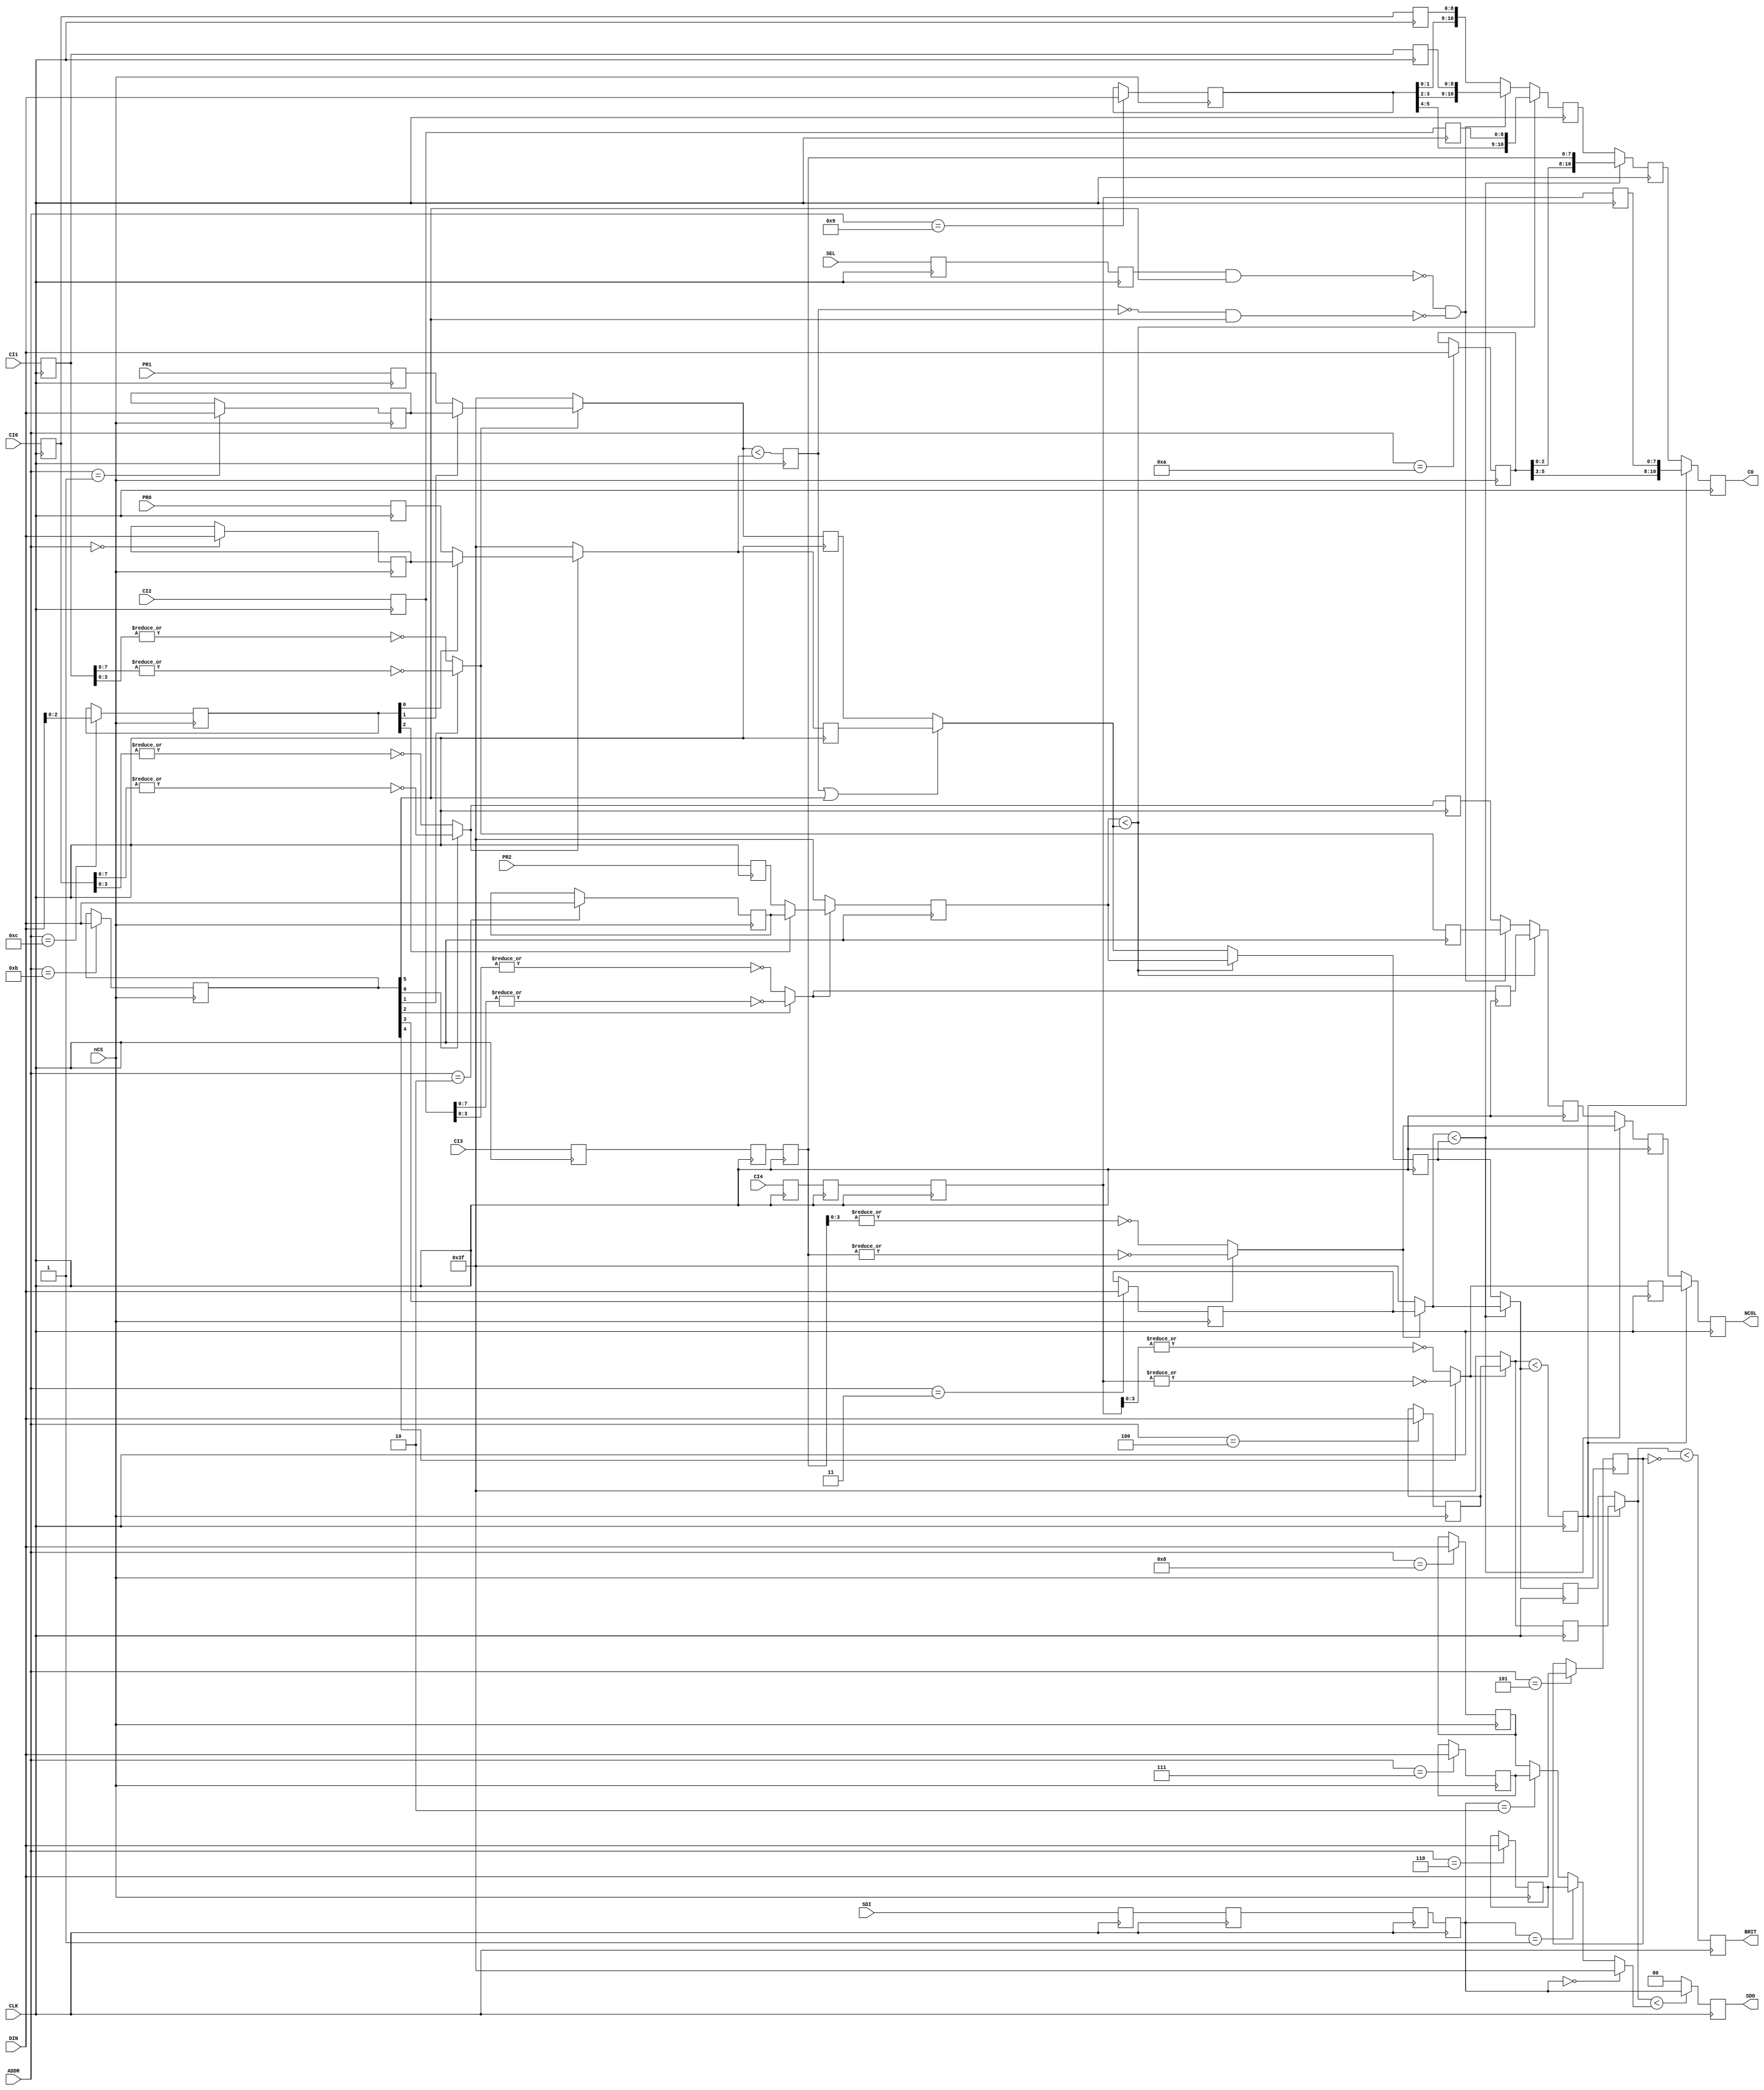
module k053251(
    input CLK,

    input nCS,
    input [5:0] DIN,
    input [3:0] ADDR,

    input [5:0] PR0,
    input [5:0] PR1,
    input [5:0] PR2,

    input SEL,
    input [8:0] CI0,
    input [8:0] CI1,
    input [8:0] CI2,
    input [7:0] CI3,
    input [7:0] CI4,

    input [1:0] SDI,
    output reg [1:0] SDO,
    
    output reg [10:0] CO,
    output reg BRIT,
    output reg NCOL
);

reg [5:0] REG0;
reg [5:0] REG1;
reg [5:0] REG2;
reg [5:0] REG3;
reg [5:0] REG4;
reg [5:0] REG5;
reg [5:0] REG6;
reg [5:0] REG7;
reg [5:0] REG8;
reg [5:0] REG9;
reg [5:0] REG10;
reg [5:0] REG11;
reg [2:0] REG12;

always @(posedge nCS) begin
    // The real chip doesn't work this way.
    // If the address changes while nCS is kept low, multiple registers can be written to.
    case(ADDR)
        4'd0: REG0 <= DIN;
        4'd1: REG1 <= DIN;
        4'd2: REG2 <= DIN;
        4'd3: REG3 <= DIN;
        4'd4: REG4 <= DIN;
        4'd5: REG5 <= DIN;
        4'd6: REG6 <= DIN;
        4'd7: REG7 <= DIN;
        4'd8: REG8 <= DIN;
        4'd9: REG9 <= DIN;
        4'd10: REG10 <= DIN;
        4'd11: REG11 <= DIN;
        4'd12: REG12 <= DIN[2:0];
    endcase
end

reg [8:0] L0_Q;
reg [8:0] L0_W1;
reg [8:0] L1_Q;
reg [8:0] L1_W1;
reg [8:0] L2_Q;
reg [8:0] L2_W1;
reg [7:0] L3_Q;
reg [7:0] L3_W1;
reg [7:0] L3_W2;
reg [7:0] L4_Q;
reg [7:0] L4_W1;
reg [7:0] L4_W2;
reg [7:0] L4_W3;

reg [5:0] PR0_Q;
reg [5:0] PR1_Q;
reg [5:0] PR2_Q;
reg [5:0] PR2_W1; // E125, F129, G119
reg [5:0] PR4_W1;

reg [10:0] L0L1L2MIX_Q;
reg T0T1T2MIX_Q;
reg [10:0] L0L1L2L3MIX_Q;
reg T0T1T2T3MIX_Q;

reg SEL_W1, SEL_W2;

reg TRANSP0_W1, TRANSP1_W1, TRANSP2_W1, TRANSP4_W1;

reg [5:0] PR0MUX_Q;
reg [5:0] PR1MUX_Q;
reg [5:0] PR0PR1PR2MIX_Q;
reg [5:0] PR0PR1PR2PR3MIX_Q;

reg SEL_L1, SEL_L4;

reg [1:0] SDI_Q;
reg [1:0] SDI_W1;
reg [1:0] SDI_W2;
reg [1:0] SDI_W3;


wire [5:0] PRSHA = (SDI_W3 == 2'd0) ? 6'h3F :
                    (SDI_W3 == 2'd1) ? REG6 :
                    (SDI_W3 == 2'd2) ? REG7 : REG8;

wire A49 = (PR1MUX < PR0MUX);
wire SEL_L2 = (PR2_W1 < PR0PR1MIX);
wire SEL_L3 = (PR3 < PR0PR1PR2MIX_Q);
wire G93 = (PR4 < PR0PR1PR2PR3MIX);
wire J122A = (PR0PR1PR2PR3PR4MIX < ~REG5);
wire SELSHA = (PR0PR1PR2PR3PR4MIX < PRSHA);

// No need for L0 signal
wire L1 = ~(SEL_W2 & REG11[5]) & ~(~SEL_L1 & REG11[5]);

wire [5:0] PR0MUX = TRANSP0 ? (REG12[0] ? REG0 : PR0_Q) : 6'h3F;  // To check: gating
wire [5:0] PR1MUX = TRANSP1 ? (REG12[1] ? REG1 : PR1_Q) : 6'h3F;  // To check: gating
wire [5:0] PR2MUX = TRANSP2 ? (REG12[2] ? REG2 : PR2_Q) : 6'h3F;  // To check: gating
wire [5:0] PR3 = TRANSP3 ? REG3 : 6'h3F;  // To check: gating
wire [5:0] PR4 = TRANSP4 ? REG4 : 6'h3F;  // To check: gating

wire [5:0] PR0PR1MIX = ~(SEL_L1 | REG11[5]) ? PR1MUX_Q : PR0MUX_Q;
wire [5:0] PR0PR1PR2MIX = SEL_L2 ? PR2_W1 : PR0PR1MIX;
wire [5:0] PR0PR1PR2PR3MIX = SEL_L3 ? PR3 : PR0PR1PR2MIX_Q;
wire [5:0] PR0PR1PR2PR3PR4MIX = SEL_L4 ? PR4_W1 : PR0PR1PR2PR3MIX_Q;

wire TRANSP0 = REG11[0] ? ~|{L0_Q[7:0]} : ~|{L0_Q[3:0]};
wire TRANSP1 = REG11[1] ? ~|{L1_Q[7:0]} : ~|{L1_Q[3:0]};
wire TRANSP2 = REG11[2] ? ~|{L2_Q[7:0]} : ~|{L2_Q[3:0]};
wire TRANSP3 = REG11[3] ? ~|{L3_W2[7:0]} : ~|{L3_W2[3:0]};
wire TRANSP4 = REG11[4] ? ~|{L4_W2[7:0]} : ~|{L4_W2[3:0]};

wire [10:0] L0L1MIX = L1 ? {REG9[3:2], L1_W1} : {REG9[1:0], L0_W1};
wire [10:0] L0L1L2MIX = SEL_L2 ? {REG9[5:4], L2_W1} : L0L1MIX;
wire [10:0] L0L1L2L3MIX = SEL_L3 ? {REG10[2:0], L3_W2} : L0L1L2MIX_Q;
wire [10:0] L0L1L2L3L4MIX = SEL_L4 ? {REG10[5:3], L4_W3} : L0L1L2L3MIX_Q;

wire T0T1MIX = L1 ? TRANSP1_W1 : TRANSP0_W1;
wire T0T1T2MIX = SEL_L2 ? TRANSP2_W1 : T0T1MIX;
wire T0T1T2T3MIX = SEL_L3 ? TRANSP3 : T0T1T2MIX_Q;
wire T0T1T2T3T4MIX = SEL_L4 ? TRANSP4_W1 : T0T1T2T3MIX_Q;

always @(posedge CLK) begin
    L0_Q <= CI0;
    L0_W1 <= L0_Q;

    L1_Q <= CI1;
    L1_W1 <= L1_Q;

    L2_Q <= CI2;
    L2_W1 <= L2_Q;

    L3_Q <= CI3;
    L3_W1 <= L3_Q;
    L3_W2 <= L3_W1;

    L4_Q <= CI4;
    L4_W1 <= L4_Q;
    L4_W2 <= L4_W1;
    L4_W3 <= L4_W2;

    PR0_Q <= PR0;
    PR1_Q <= PR1;
    PR2_Q <= PR2;
    
    TRANSP0_W1 <= TRANSP0;
    TRANSP1_W1 <= TRANSP1;
    TRANSP2_W1 <= TRANSP2;
    TRANSP4_W1 <= TRANSP4;
    
    L0L1L2MIX_Q <= L0L1L2MIX;
    T0T1T2MIX_Q <= T0T1T2MIX;
    
    L0L1L2L3MIX_Q <= L0L1L2L3MIX;
    T0T1T2T3MIX_Q <= T0T1T2T3MIX;
    
    CO <= L0L1L2L3L4MIX;
    NCOL <= T0T1T2T3T4MIX;
    
    PR2_W1 <= PR2MUX;
    PR4_W1 <= PR4;
    
    SEL_W1 <= SEL;
    SEL_W2 <= SEL_W1;
    
    PR0MUX_Q <= PR0MUX;
    PR1MUX_Q <= PR1MUX;
    
    PR0PR1PR2MIX_Q <= PR0PR1PR2MIX;
    PR0PR1PR2PR3MIX_Q <= PR0PR1PR2PR3MIX;
    
    SEL_L1 <= A49;
    SEL_L4 <= G93;
    BRIT <= J122A;
    
    SDI_Q <= SDI;
    SDI_W1 <= SDI_Q;
    SDI_W2 <= SDI_W1;
    SDI_W3 <= SDI_W2;

    SDO <= SELSHA ? SDI_W3 : 2'b00;
end

endmodule